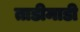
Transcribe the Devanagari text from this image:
ताडीमाडी